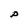
Character: P